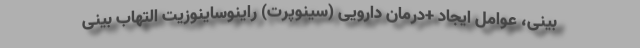
بینی، عوامل ایجاد +درمان دارویی (سینوپرت) راینوساینوزیت التهاب بینی